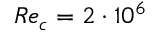
R e _ { c } = 2 \cdot 1 0 ^ { 6 }